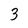
Character: 3